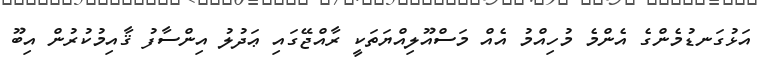
އަޅުގަނޑުމެންގެ އެންމެ މުހިއްމު އެއް މަސްއޫލިއްޔަތަކީ ރާއްޖޭގައި ޢަދުލު އިންސާފު ޤާއިމުކުރުން އިބޫ